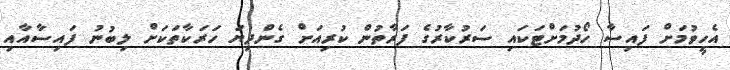
އެހީވުމަށް ފައިސާ ހޯދުމަށްޓަކައި ސަރުކާރުގެ ފަރާތުން ކުރިއަށް ގެންދިޔަ ހަރަކާތަކަށް ލިބުނު ފައިސާއާއި